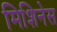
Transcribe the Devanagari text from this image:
मिशिनेस